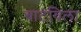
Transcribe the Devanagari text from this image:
बाटविला